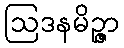
ဩဒနမိဉ္ဇာ